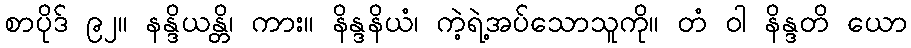
စာပိုဒ် ၉၂။ နန္ဒိယန္တိ၊ ကား။ နိန္ဒနိယံ၊ ကဲ့ရဲ့အပ်သောသူကို။ တံ ဝါ နိန္ဒတိ ယော